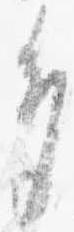
多